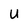
Character: U